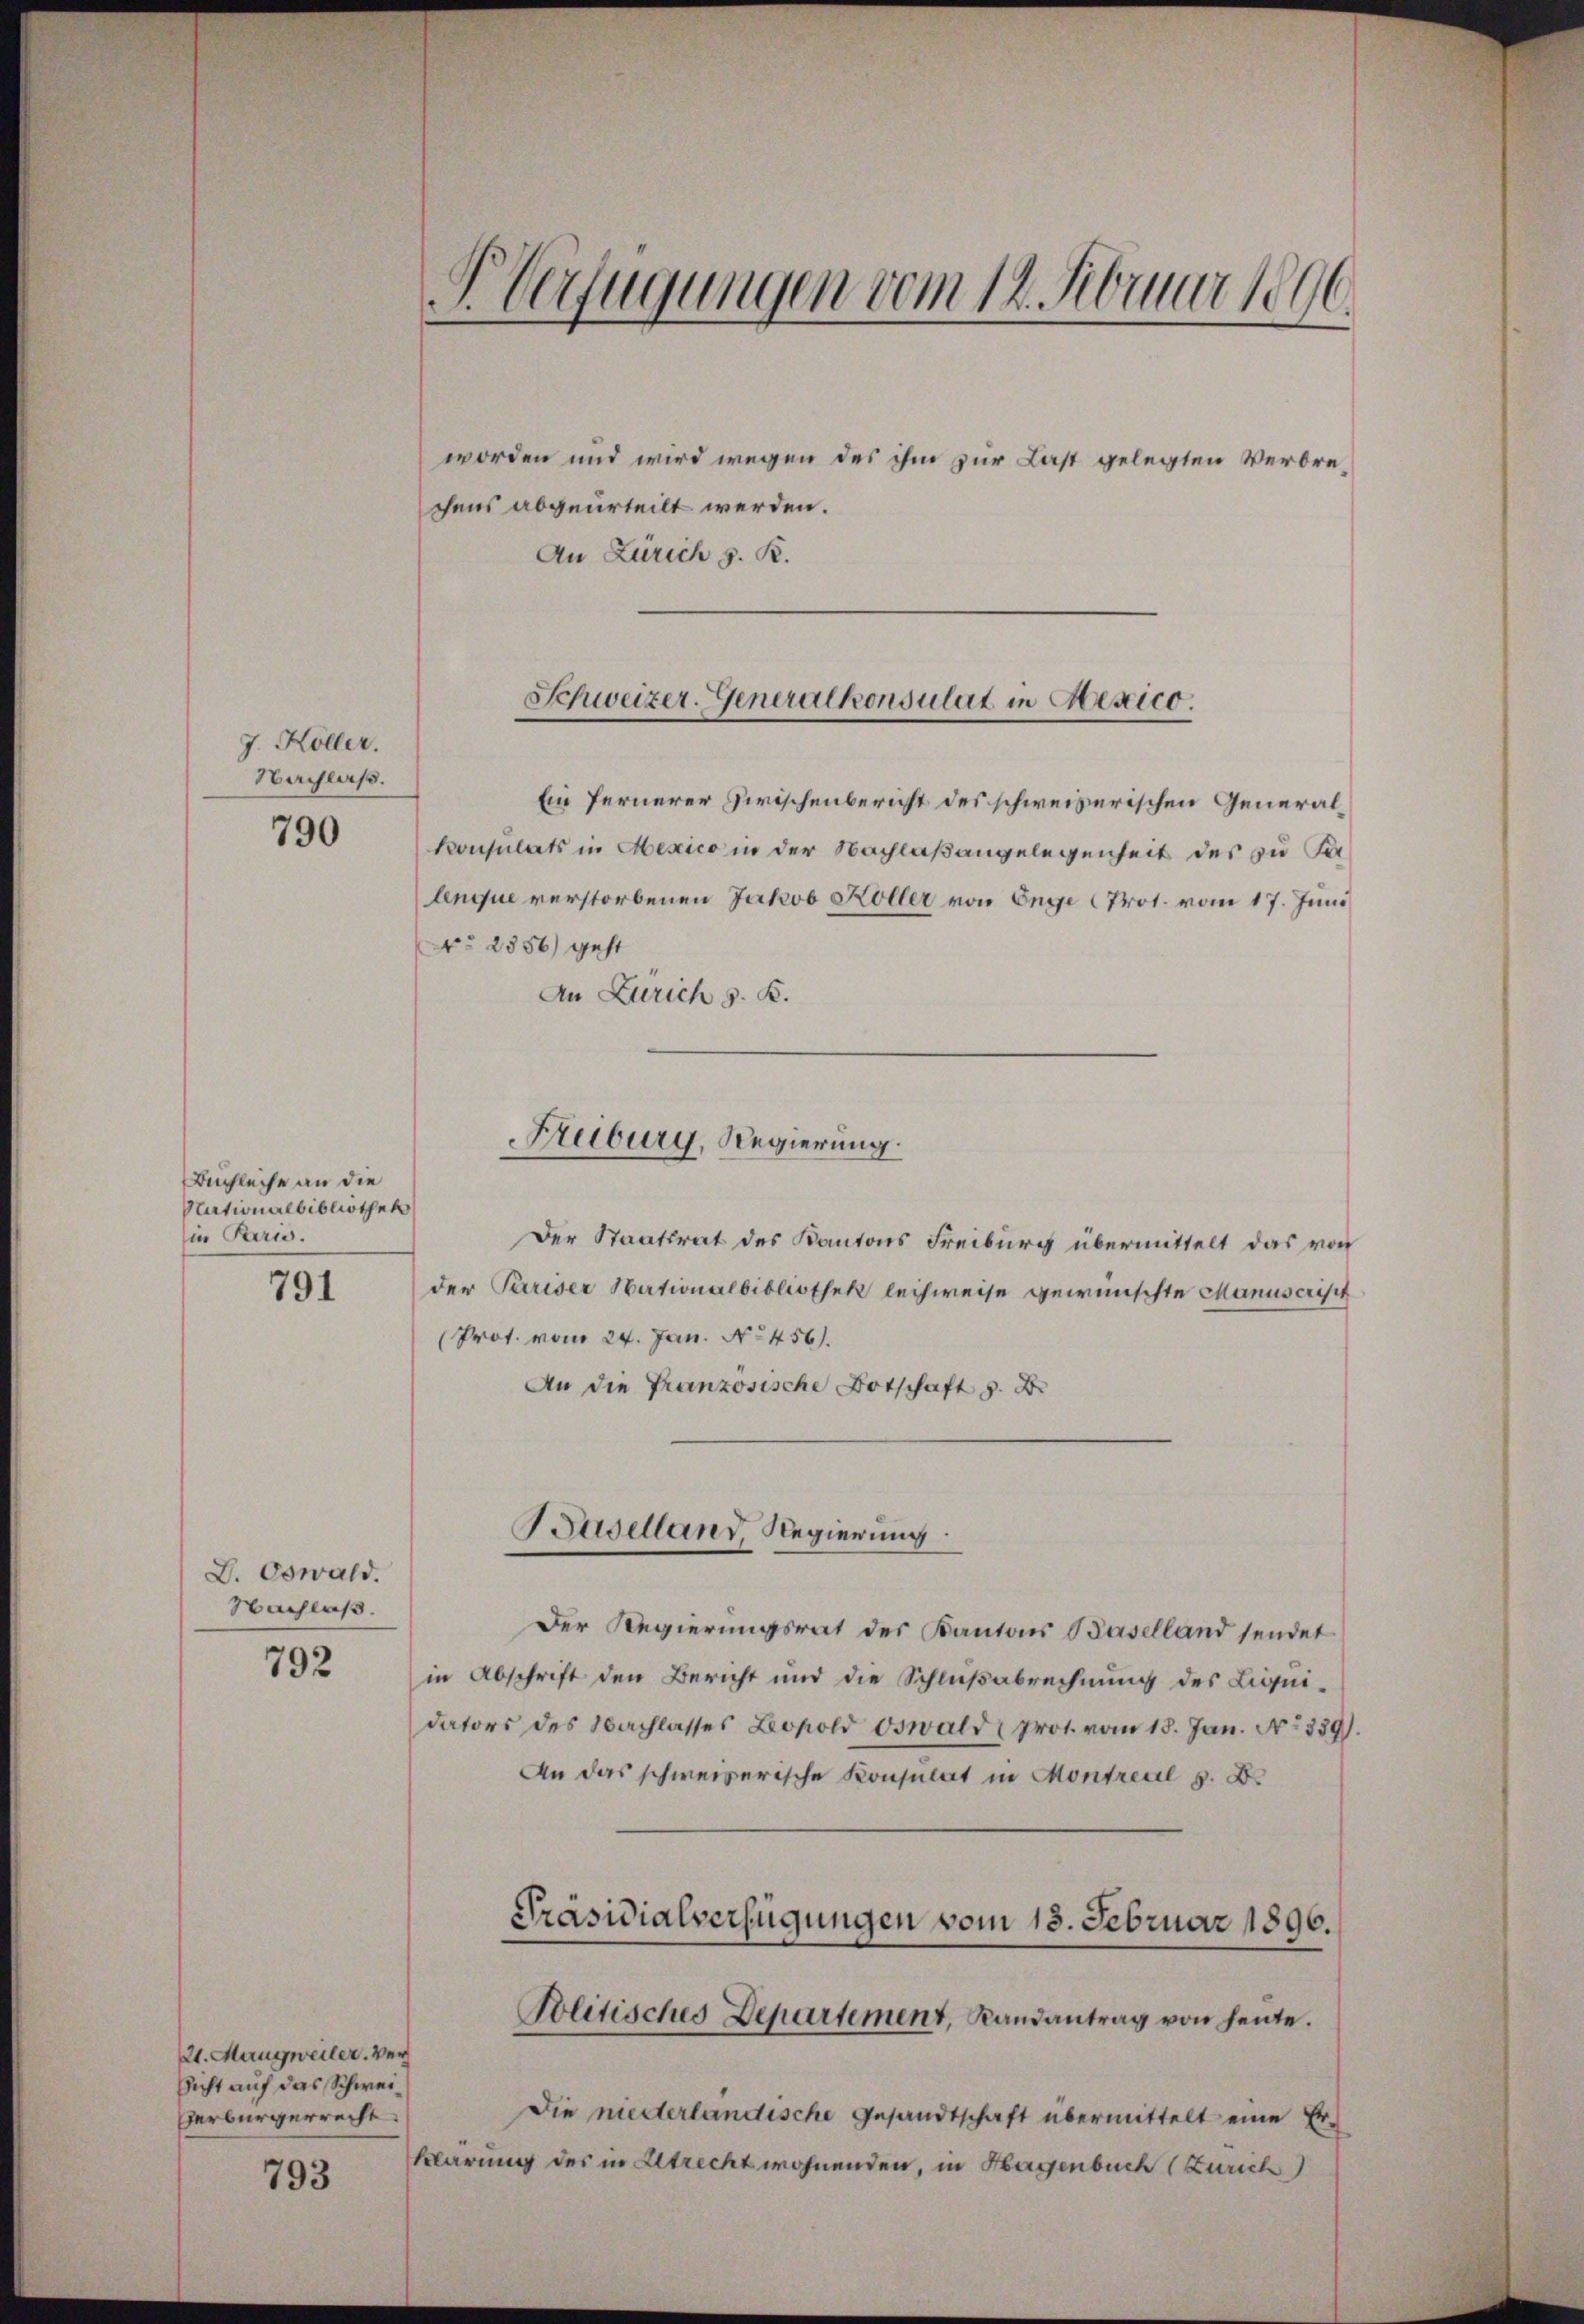
J. Köller.
Nachlaß.

790

Buchleiche an die
Nationalbibliothek
in Paris.

791

D. Oswald.
Nachlaß

792

21. Mangweiler. Ver
sicht auf das Schwei¬
Verbürgerrecht.

793

XVerfügungen vom 14. Februar 1890.

worden und wird wegen des ihm zur Last gelegten Verbrechens abgeurteilt werden.
An Zürich z. R.

Ein fernerer Zwischenbericht des schweizerischen General¬
Konsulats in Mexico in der Nachlaßangelegenheit des zu Salenque verstorbenen Jakob Koller von Enge Prot. vom 17. Juni
No 2356) geht
An Zürich s. K.

Der Staatsrat des Kantons Freiburg übermittelt das von
der Pariser Nationalbibliothek lechweise gewünschte Manuscrisit
Prof. vom 24. Jan. No 456).
An die Französische Botschaft z. B.

Schweizer-Generalkonsulat in Mexico.

Freiburg, Regierung.

Baselland Regierung

Der Regierungsrat des Kantons Baselland sendet
in Abschrift den Bericht und die Schlußabrechnung des Liquidators des Nachlasses Leopold Oswald (prot. vom 18. Jan. No 339).
An das schweizerische Konsulat in Montreal z. B.

Präsidialverfügungen vom 13. Februar 1896.
Politisches Departement, Randantrag von heute.

Die niederlandische Gesandtschaft übermittelt eine Er¬
Klärung des in Altrecht wohnenden, in Hagenbuch (Zürich)